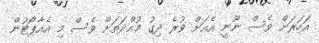
އަހަރަށް ވެސް ނޫނީ އެއަށް ވުރެ ދިގު މުއްދަތަށް ވެސް މި އެއާޕޯޓުން